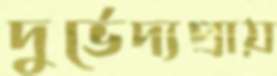
দুর্ভেদ্যপ্রায়